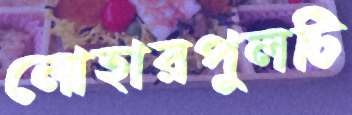
লোহারপুলটি